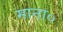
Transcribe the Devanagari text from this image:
माना०